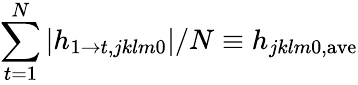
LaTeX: \sum_{t=1}^{N}\left|h_{1\rightarrow t,jklm0}\right|/N\equiv h_{jklm0,\mathrm{ave}}